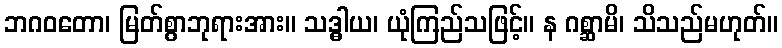
ဘဂဝတော၊ မြတ်စွာဘုရားအား။ သဒ္ဓါယ၊ ယုံကြည်သဖြင့်။ န ဂစ္ဆာမိ၊ သိသည်မဟုတ်။